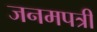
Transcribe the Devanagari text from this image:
जनमपत्री